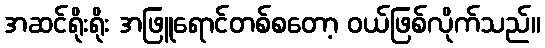
အဆင်ရိုးရိုး အဖြူရောင်တစ်စတော့ ဝယ်ဖြစ်လိုက်သည်။